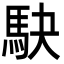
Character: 駃